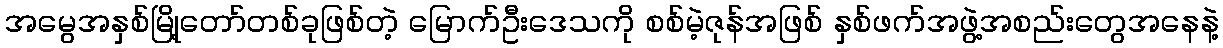
အမွေအနှစ်မြို့တော်တစ်ခုဖြစ်တဲ့ မြောက်ဦးဒေသကို စစ်မဲ့ဇုန်အဖြစ် နှစ်ဖက်အဖွဲ့အစည်းတွေအနေနဲ့